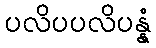
ပလိပပလိပန္နံ